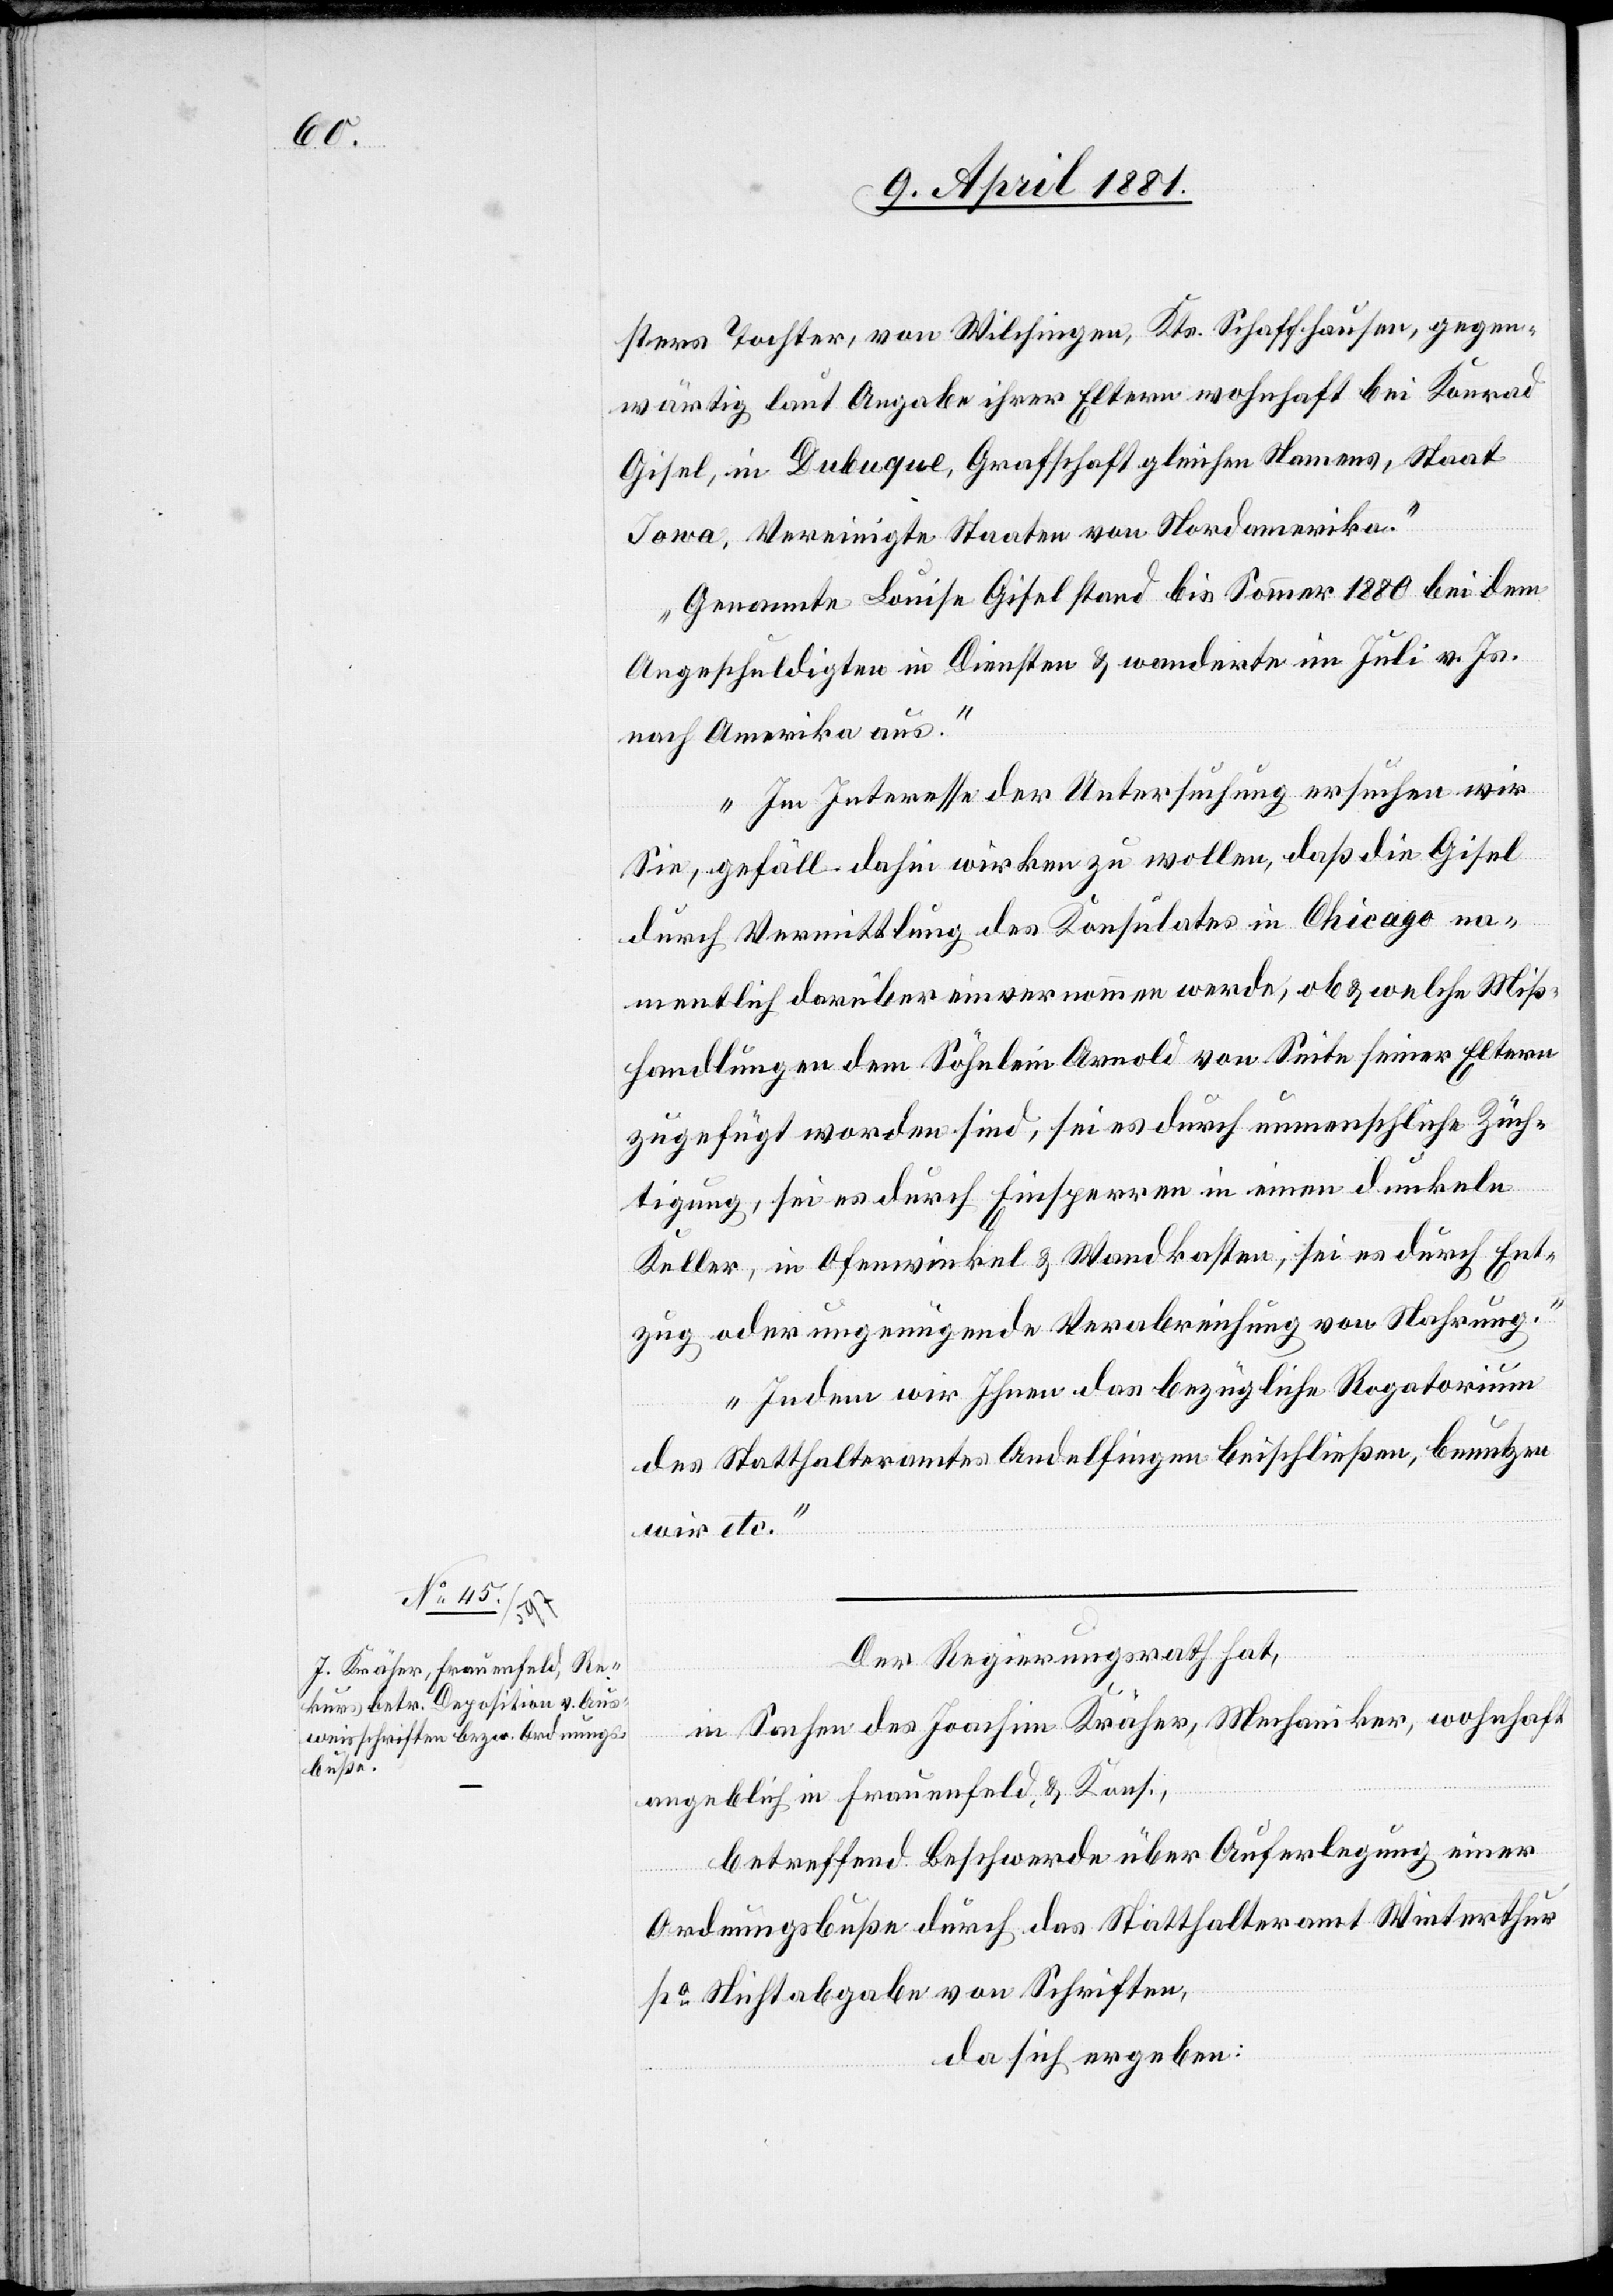
sters Tochter, von Wilchingen, Kts. Schaffhausen, gegen¬
wärtig laut Angabe ihrer Eltern wohnhaft bei Konrad
Gisel, in Dubuque, Grafschaft gleichen Namens, Staat
Iowa, Vereinigte Staaten von Nordamerika.
Genannte Louise Gisel stand bis Sommer 1880 bei dem
Angeschuldigten in Diensten & wanderte im Juli v. Js.
nach Amerika aus.
Im Interesse der Untersuchung ersuchen wir
Sie, gefäll. dahin wirken zu wollen, daß die Gisel
durch Vermittlung des Konsulates in Chicago na¬
mentlich darüber einvernommen werde, ob & welche Miß¬
handlungen dem Söhnlein Arnold von Seite seiner Eltern
zugefügt worden sind, sei es durch unmenschliche Züch¬
tigung, sei es durch Einsperren in einen dunkeln
Keller, in Ofenwinkel & Wandkasten, sei es durch Ent¬
zug oder ungenügende Verabreichung von Nahrung.
Indem wir Ihnen das bezügliche Rogatorium
des Statthalteramtes Andelfingen beischließen, benutzen
wir etc.“
Der Regierungsrath hat,
in Sachen des Joachim Kräher, Mechaniker, wohnhaft
angeblich in Frauenfeld, & Kons.,
betreffend Beschwerde über Auferlegung einer
Ordnungsbuße durch das Statthalteramt Winterthur
po Nichtabgabe von Schriften,
da sich ergeben: